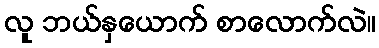
လူ ဘယ်နှယောက် စာလောက်လဲ။